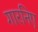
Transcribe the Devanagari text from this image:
गारनिए